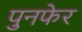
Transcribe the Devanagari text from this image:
पुनफेर